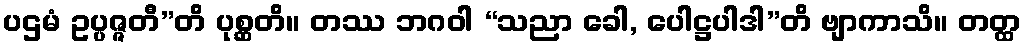
ပဌမံ ဥပ္ပဇ္ဇတီ”တိ ပုစ္ဆတိ။ တဿ ဘဂဝါ “သညာ ခေါ, ပေါဋ္ဌပါဒါ”တိ ဗျာကာသိ။ တတ္ထ